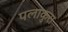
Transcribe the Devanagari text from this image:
पलाकुरा